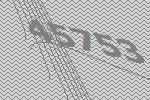
45753